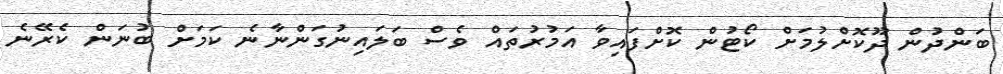
ބަންދުން ދޫކޮށްލުމަށް ކޯޓުން ކޮށްފައިވާ އަމުރުތައް ވެސް ބަލައިނުގަންނާނެ ކަމަށް ބުނަން ކެރޭނެ